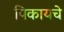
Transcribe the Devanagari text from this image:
पिकायचे